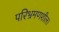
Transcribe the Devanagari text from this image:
परिभ्रमणशील।